Annual report on the health of the army in India
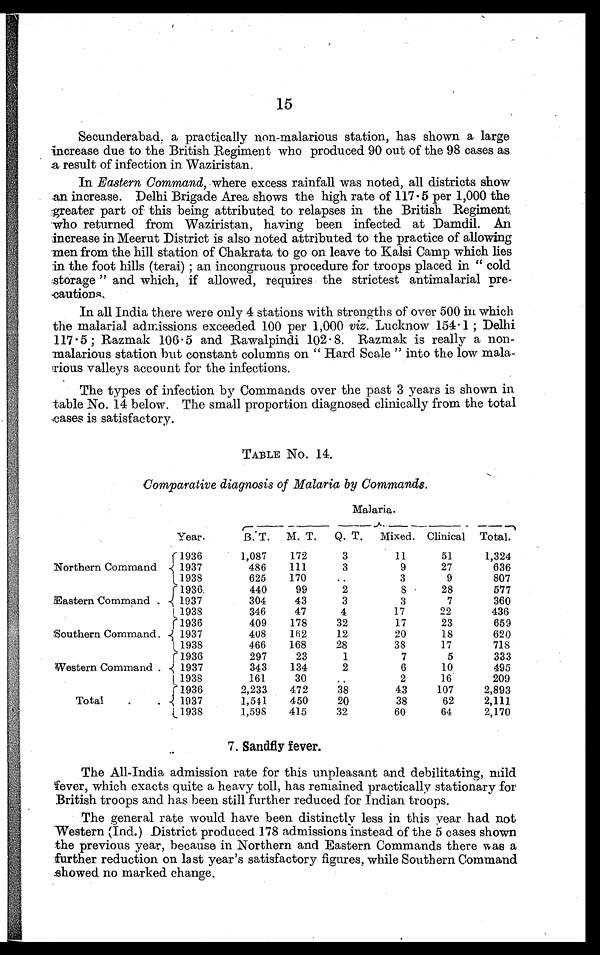
15
Secunderabad, a practically non-malarious station, has shown a large
increase due to the British Regiment who produced 90 out of the 98 cases as
a result of infection in Waziristan.
In Eastern Command, where excess rainfall was noted, all districts show
an increase. Delhi Brigade Area shows the high rate of 117.5 per 1,000 the
greater part of this being attributed to relapses in the British Regiment
who returned from Waziristan, having been infected at Damdil. An
increase in Meerut District is also noted attributed to the practice of allowing
men from the hill station of Chakrata to go on leave to Kalsi Camp which lies
in the foot hills (terai) ; an incongruous procedure for troops placed in " cold
storage " and which, if allowed, requires the strictest antimalarial pre
- c a u t i o n s .
In all India there were only 4 stations with strengths of over 500 in which
the malarial admissions exceeded 100 per 1,000 viz . Lucknow 154.1 ; Delhi
117.5 ; Razmak 106.5 and Rawalpindi 102.8. Razmak is really a non
-malarious station but constant columns on " Hard Scale " into the low mal
a - r i o u s v a l l e y s a c c o u n t f o r t h e i n f e c t i o n s .
The types of infection by Commands over the past 3 years is shown in
table No. 14 below. The small proportion diagnosed clinically from the total
cases is satisfactory.
TABLE No. 14.
Comparative diagnosis of Malaria by Commands.
Malaria.
Year.
B . T .
M. T.
Q . T .
Mixed. Clinical Total.
Northern Command
1 9 3 6
1,087
172
3
11
51
1,324
1937
486
111
3
9
27
636
1938
625
170
. .
3
9
807
Eastern Command .
1936.
440
99
2
8
28
577
1937
304
43
3
3
7
360
1938
346
47
4
17
22
436
Southern Command.
1936
409
178
32
17
23
659
1937
408
162
12
20
18
620
1938
466
168
28
38
17
718
Western Command .
1936
297
23
1
7
5
333
1937
343
134
2
6
10
495
1938
161
3 0
. .
2
16
209
Total . .
1936
2,233
472
38
43
107
2,893
1937
1,541
450
20
38
62
2,111
1938
1,598
415
32
60
64
2,170
7. Sandfly fever.
The All-India admission rate for this unpleasant and debilitating, mild
fever, which exacts quite a heavy toll, has remained practically stationary for
British troops and has been still further reduced for Indian troops.
The general rate would have been distinctly less in this year had not
Western (Ind.) District produced 178 admissions instead of the 5 cases shown
the previous year, because in Northern and Eastern Commands there was a
further reduction on last year's satisfactory figures, while Southern Command
showed no marked change.